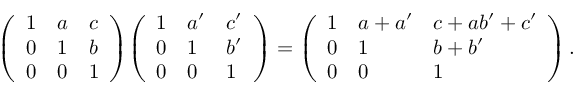
{ \left( \begin{array} { l l l } { 1 } & { a } & { c } \\ { 0 } & { 1 } & { b } \\ { 0 } & { 0 } & { 1 } \end{array} \right) } { \left( \begin{array} { l l l } { 1 } & { a ^ { \prime } } & { c ^ { \prime } } \\ { 0 } & { 1 } & { b ^ { \prime } } \\ { 0 } & { 0 } & { 1 } \end{array} \right) } = { \left( \begin{array} { l l l } { 1 } & { a + a ^ { \prime } } & { c + a b ^ { \prime } + c ^ { \prime } } \\ { 0 } & { 1 } & { b + b ^ { \prime } } \\ { 0 } & { 0 } & { 1 } \end{array} \right) } \, .